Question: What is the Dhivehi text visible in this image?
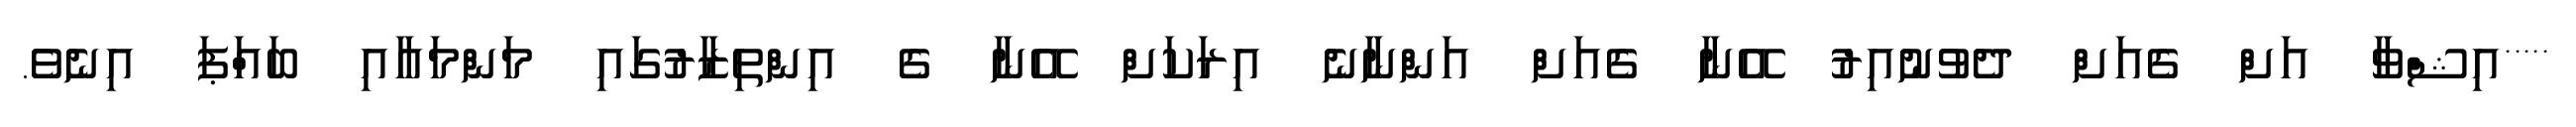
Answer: *****އިޝްވާ އަށް ގެއަށް ދެވުނުއިރު އޭނާ ގެއަށް އަންނާނެ އިރަކަށް އޭނާ ގެ އިންތިޒާރުގައި މަންމައާއި ބައްަޕަ އިނެވެ.